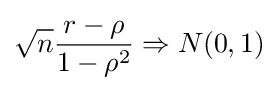
{\sqrt {n}}{\frac {r-\rho }{1-\rho ^{2}}}\Rightarrow N(0,1)